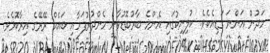
މަދުން އަންނަ ގަޑިއެކެވެ. ކުލިނިކުގައި އެންމެ ބާރުބޮޑުވާނީ މެންދުރުފަހާއި ބައެއް ރޭރޭގެ އިރާކޮޅެވެ.